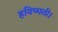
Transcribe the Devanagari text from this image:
हविष्मती।